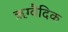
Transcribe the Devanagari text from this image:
ॠग्वैदिक